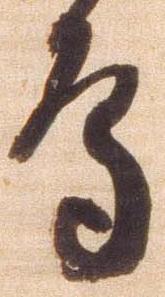
鳥